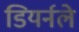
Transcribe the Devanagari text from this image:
डियर्नले